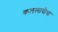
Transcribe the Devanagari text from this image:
कललावीचा